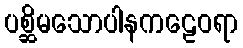
ပစ္ဆိမသောပါနကဠေဝရာ